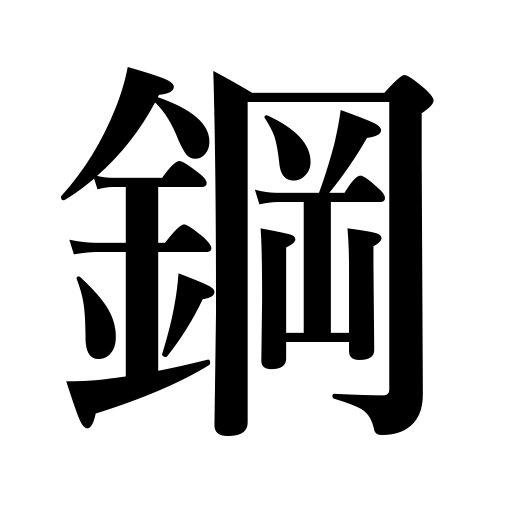
Meanings: steel